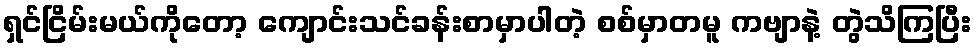
ရှင်ငြိမ်းမယ်ကိုတော့ ကျောင်းသင်ခန်းစာမှာပါတဲ့ စစ်မှာတမူ ကဗျာနဲ့ တွဲသိကြပြီး